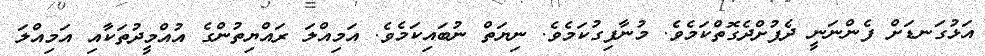
އަޅުގަނޑަށް ފެންނަނީ ދެފުށްދެގޮތްކަމެވެ. މުނާފިގުކަމެވެ. ނިޔަތް ނުބައިކަމެވެ. އަމިއްލަ ރައްޔިތުންގެ އުއްމީދުތަކާއި އަމިއްލަ